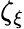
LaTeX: \zeta_{\xi}